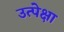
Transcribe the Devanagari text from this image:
उत्पेक्षा